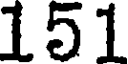
151